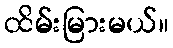
ထိမ်းမြားမယ်။